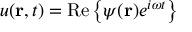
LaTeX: u ( \mathbf { r } , t ) = \mathrm { R e } \left\{ \psi ( \mathbf { r } ) e ^ { i \omega t } \right\}